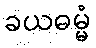
ခယဓမ္မံ